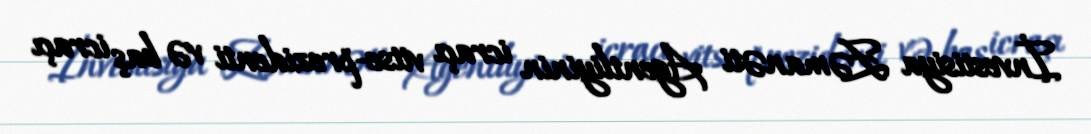
İnvestisiya Zəmanəti Agentliyinin icraçı vitse-prezidenti və baş icraçı